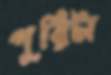
পুরিটা